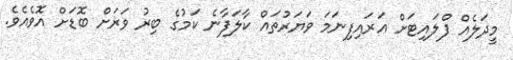
މީދަލެއް ފްލައިޓަށް އަރައިފިނަމަ ވަޔަރުތައް ކާލަފާނެ ކަމުގެ ބިރު ވަރަށް ބޮޑަށް އޮވެއެވެ.